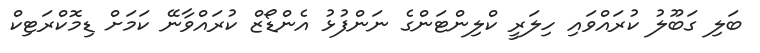
ބަލި ގަބޫލު ކުރައްވައި ހިލަރީ ކްލިންޓަންގެ ނަންފުޅު އެންޑޯޒް ކުރައްވާނޭ ކަމަށް ޑިމޮކްރަޓިކް